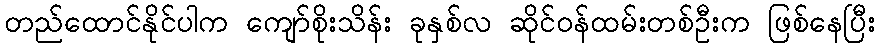
တည်ထောင်နိုင်ပါက ကျော်စိုးသိန်း ခုနှစ်လ ဆိုင်ဝန်ထမ်းတစ်ဦးက ဖြစ်နေပြီး